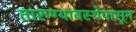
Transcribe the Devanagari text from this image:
तारुण्यावस्थेपासून